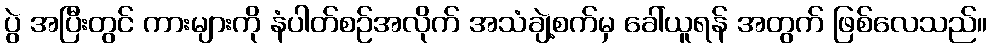
ပွဲ အပြီးတွင် ကားများကို နံပါတ်စဉ်အလိုက် အသံချဲ့စက်မှ ခေါ်ယူရန် အတွက် ဖြစ်လေသည်။